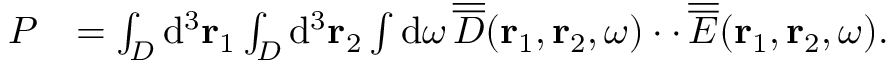
\begin{array} { r l } { P } & { = \int _ { \cal D } \mathrm { d } ^ { 3 } { \bf r } _ { 1 } \int _ { \cal D } \mathrm { d } ^ { 3 } { \bf r } _ { 2 } \int \mathrm { d } \omega \, \overline { { \overline { { D } } } } ( { \bf r } _ { 1 } , { \bf r } _ { 2 } , \omega ) \cdot \cdot \, \overline { { \overline { { E } } } } ( { \bf r } _ { 1 } , { \bf r } _ { 2 } , \omega ) . } \end{array}